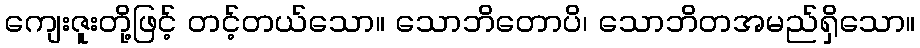
ကျေးဇူးတို့ဖြင့် တင့်တယ်သော။ သောဘိတောပိ၊ သောဘိတအမည်ရှိသော။